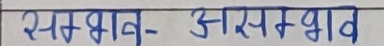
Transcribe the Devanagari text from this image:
सम्भाव- असम्भाव